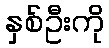
နှစ်ဦးကို